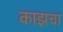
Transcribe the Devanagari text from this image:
काझचा